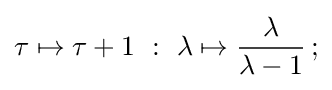
\tau \mapsto \tau +1\ :\ \lambda \mapsto {\frac {\lambda }{\lambda -1}}\,;